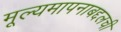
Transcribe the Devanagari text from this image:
मूल्यमापनाबद्दलची